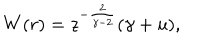
W ( r ) = z ^ { - { \frac { 2 } { \gamma - 2 } } } ( \gamma + u ) ,